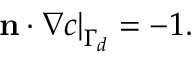
\left. \mathbf { n } \cdot \nabla c \right| _ { \Gamma _ { d } } = - 1 .